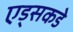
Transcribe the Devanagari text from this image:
एड्‌सकडे